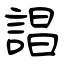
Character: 誯